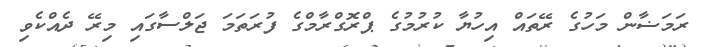
ރަމަޟާން މަހުގެ ރޭތައް އިހުޔާ ކުރުމުގެ ޕްރޮގްރާމްގެ ފުރަތަމަ ޖަލްސާގައި މިރޭ ދެއްކެވި